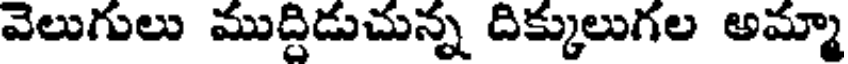
వెలుగులు ముద్ధిడుచున్న దిక్కులుగల అమ్మా